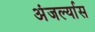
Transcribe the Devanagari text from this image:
अंजर्ल्यास